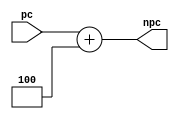
module pcP4 (
    input [31:0] pc,
    output [31:0] npc
);
reg [31:0] pc4;
assign npc = pc4;
always @(*) begin
    pc4 = pc+4;
end
    
endmodule